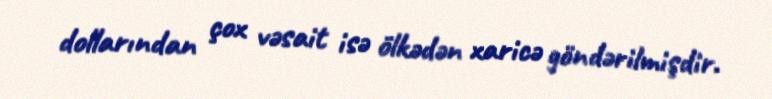
dollarından çox vəsait isə ölkədən xaricə göndərilmişdir.